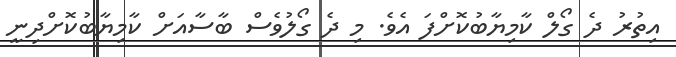
އިތުރު ދެ ގޯލް ކާމިޔާބުކޮށްފަ އެވެ. މި ދެ ގޯލުވެސް ބާސާއަށް ކާމިޔާބުކޮށްދިނީ